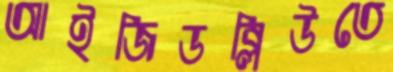
আইজিডব্লিউতে